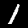
Digit: 1